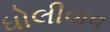
ધોલીવાવ